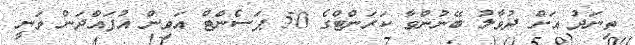
ތިނަދު އަށް ދުވާލު ބޭނުންވާ ކަރަންޓްގެ 50 ޕަސެންޓް އަވިން އުފައްދަން ވަނީ